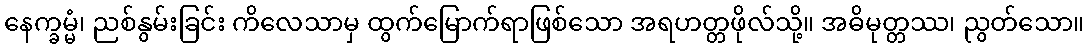
နေက္ခမ္မံ၊ ညစ်နွမ်းခြင်း ကိလေသာမှ ထွက်မြောက်ရာဖြစ်သော အရဟတ္တဖိုလ်သို့။ အဓိမုတ္တဿ၊ ညွတ်သော။